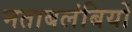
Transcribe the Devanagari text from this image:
मताबलंबियों